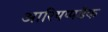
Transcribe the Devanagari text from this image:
आरियप्पडैक